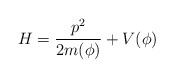
\begin{align*}H = \frac {p^2}{2m(\phi)} + V(\phi)\end{align*}